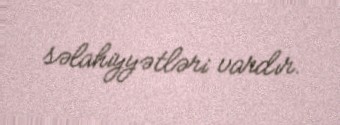
səlahiyyətləri vardır.